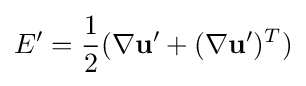
E'={\frac {1}{2}}(\nabla \mathbf {u} '+(\nabla \mathbf {u} ')^{T})